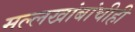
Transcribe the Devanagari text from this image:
मल्लखांबांचीही